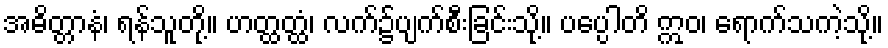
အဓိတ္တာနံ၊ ရန်သူတို့။ ဟတ္ထတ္ထံ၊ လက်၌ပျက်စီးခြင်းသို့။ ပပ္ပေါတိ ဣဝ၊ ရောက်သကဲ့သို့။